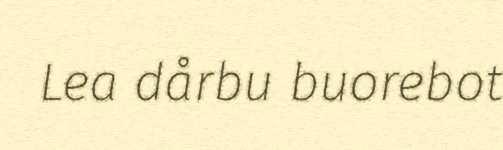
Lea dårbu buorebot